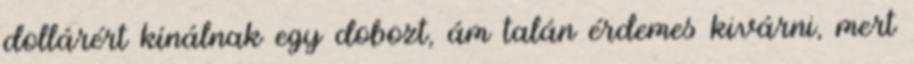
dollárért kínálnak egy dobozt, ám talán érdemes kivárni, mert